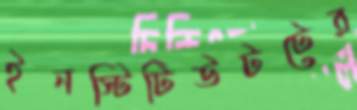
ইনস্টিটিউটটের